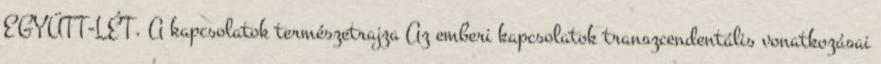
EGYÜTT-LÉT. A kapcsolatok természetrajza Az emberi kapcsolatok transzcendentális vonatkozásai